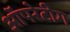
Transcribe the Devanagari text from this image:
ऑपरेटीग